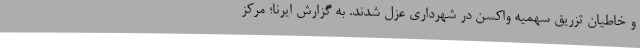
و خاطیان تزریق سهمیه واکسن در شهرداری عزل شدند. به گزارش ایرنا؛ مرکز